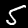
Digit: 5